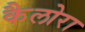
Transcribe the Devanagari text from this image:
कैलोरा